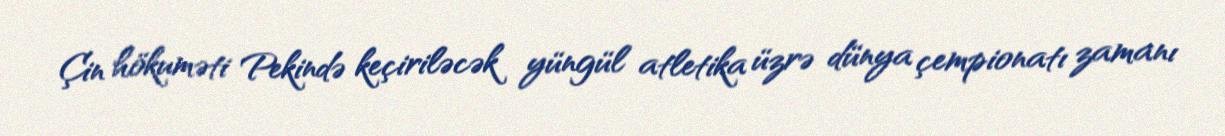
Çin hökuməti Pekində keçiriləcək yüngül atletika üzrə dünya çempionatı zamanı